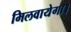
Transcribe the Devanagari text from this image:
मिलवायेगा।